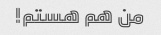
من هم هستم!